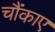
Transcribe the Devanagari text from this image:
चौंकाए